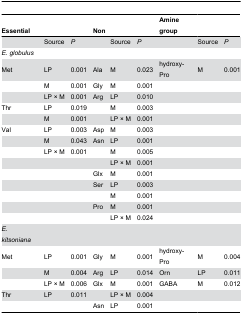
| Essential |  |  | Non |  |  | Amine group |  |  |
 | --- | --- | --- | --- | --- | --- | --- | --- | --- |
 |  | Source | P |  | Source | P |  | Source | P |
 | E. globulus |  |  |  |  |  |  |  |  |
 | Met | LP | 0.001 | Ala | M | 0.023 | hydroxy-Pro | M | 0.001 |
 |  | M | 0.001 | Gly | M | 0.001 |  |  |  |
 |  | LP × M | 0.001 | Arg | LP | 0.010 |  |  |  |
 | Thr | LP | 0.019 |  | M | 0.003 |  |  |  |
 |  | M | 0.001 |  | LP × M | 0.001 |  |  |  |
 | Val | LP | 0.003 | Asp | M | 0.003 |  |  |  |
 |  | M | 0.043 | Asn | LP | 0.001 |  |  |  |
 |  | LP × M | 0.001 |  | M | 0.005 |  |  |  |
 |  |  |  |  | LP × M | 0.001 |  |  |  |
 |  |  |  | Glx | M | 0.001 |  |  |  |
 |  |  |  | Ser | LP | 0.003 |  |  |  |
 |  |  |  |  | M | 0.001 |  |  |  |
 |  |  |  | Pro | M | 0.001 |  |  |  |
 |  |  |  |  | LP × M | 0.024 |  |  |  |
 | E. kitsoniana |  |  |  |  |  |  |  |  |
 | Met | LP | 0.001 | Gly | M | 0.001 | hydroxy-Pro | M | 0.004 |
 |  | M | 0.004 | Arg | LP | 0.014 | Orn | LP | 0.011 |
 |  | LP × M | 0.006 | Glx | M | 0.001 | GABA | M | 0.012 |
 | Thr | LP | 0.011 |  | LP × M | 0.004 |  |  |  |
 |  |  |  | Asn | LP | 0.001 |  |  |  |